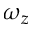
\omega _ { z }